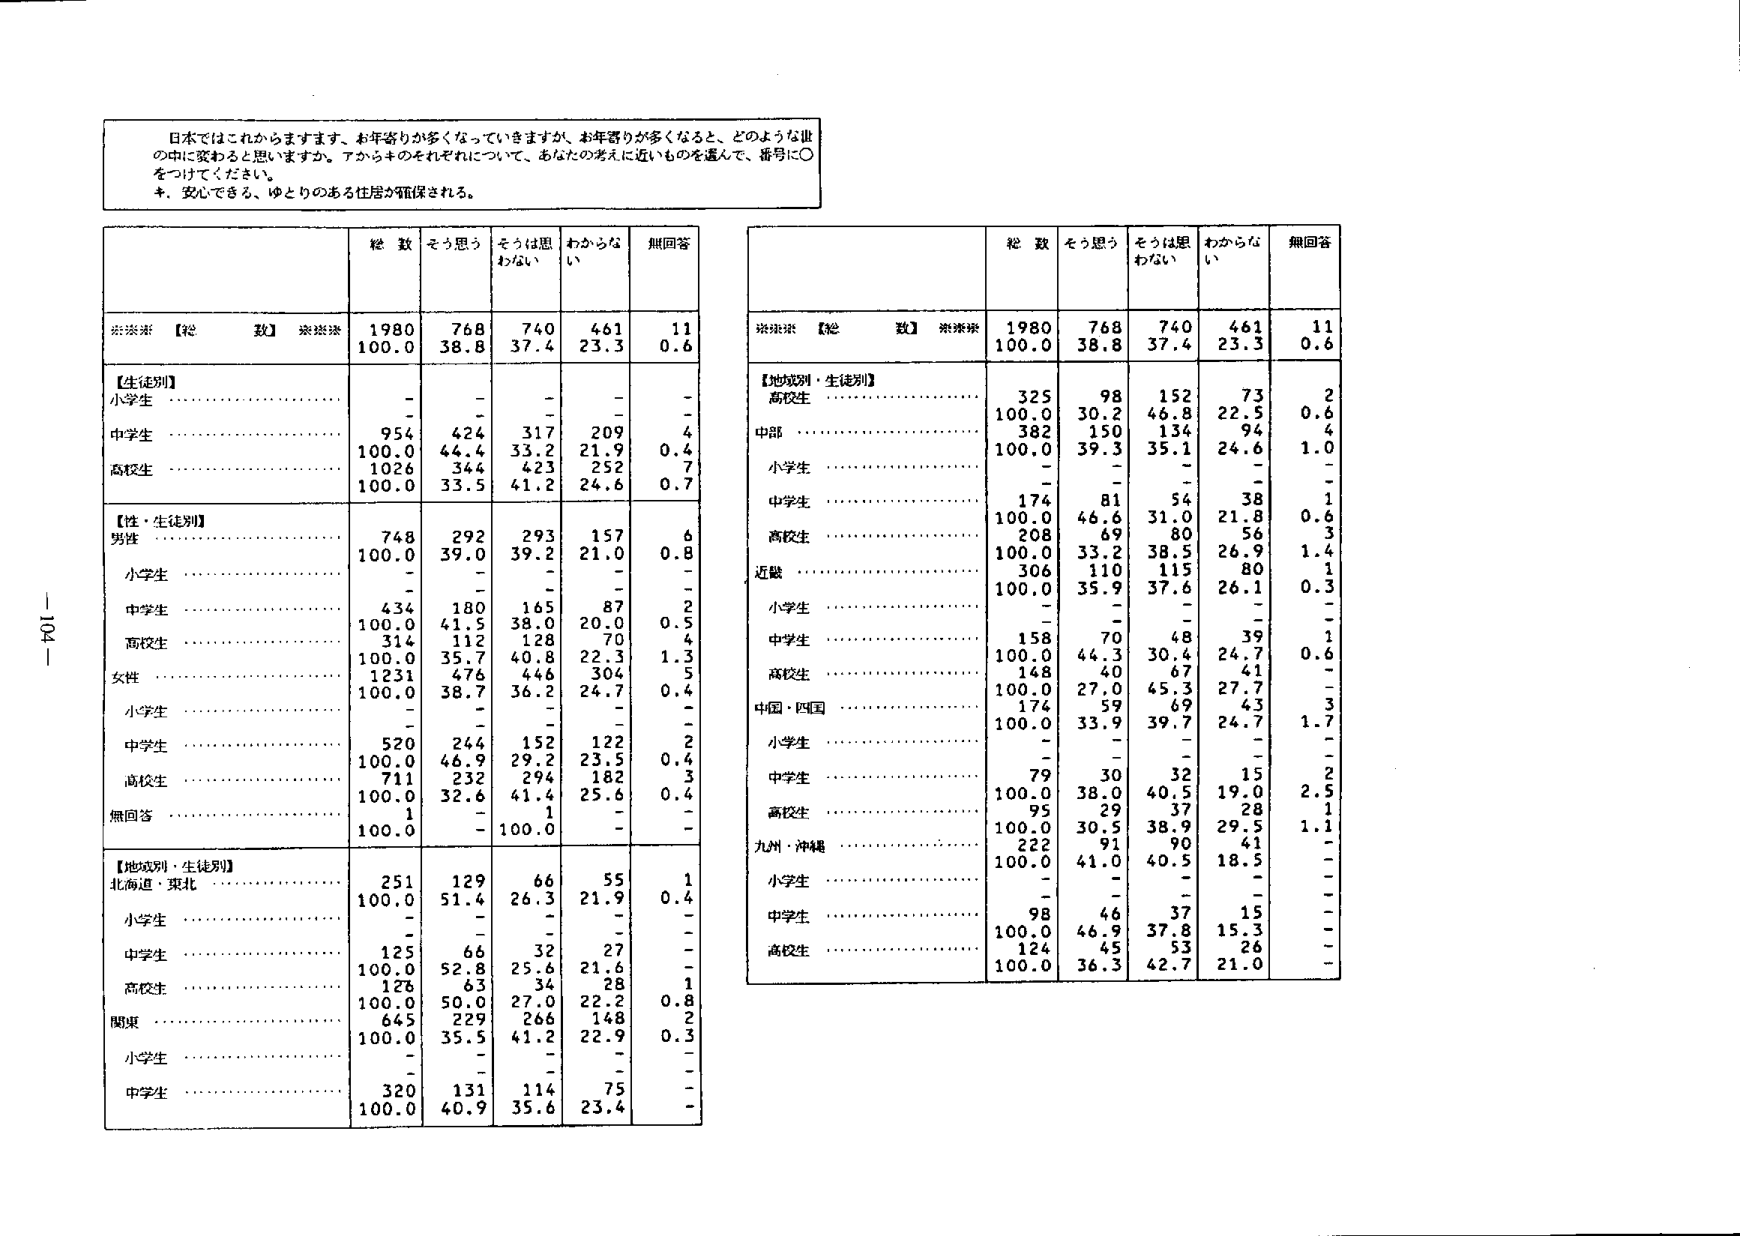
日本ではこれからますます、お年寄りが多くなっていきますが、お年寄りが多くなると、どのような世の中になるかと思いますか。アからキのそれぞれについて、あなたの考えに近いものを選んで、番号に○をつけてください。
キ．安心できる、ゆとりのある住居が確保される。

総数 そう思う そうは思わない わからない 無回答
※※※【総数】※※※ 1980 768 740 461 11
100.0 38.8 37.4 23.3 0.6

【生徒別】
小学生 ………………………… - - - - -
中学生 ………………………… 954 424 317 209 4
100.0 44.4 33.2 21.9 0.4
高校生 ………………………… 1026 344 423 252 7
100.0 33.5 41.2 24.6 0.7

【性・生徒別】
男性 ………………………… 748 292 293 157 6
100.0 39.0 39.2 21.0 0.8
小学生 ………………………… - - - - -
中学生 ………………………… 434 180 165 87 2
100.0 41.5 38.0 20.0 0.5
高校生 ………………………… 314 112 128 70 4
100.0 35.7 40.8 22.3 1.3
女性 ………………………… 1231 476 446 304 5
100.0 38.7 36.2 24.7 0.4
小学生 ………………………… - - - - -
中学生 ………………………… 520 244 152 122 2
100.0 46.9 29.2 23.5 0.4
高校生 ………………………… 711 232 294 182 3
100.0 32.6 41.4 25.6 0.4
無回答 ………………………… 1 - 1 - -
100.0 - 100.0 - -

【地域別・生徒別】
北海道・東北 …………………… 251 129 66 55 1
100.0 51.4 26.3 21.9 0.4
小学生 ………………………… - - - - -
中学生 ………………………… 125 66 32 27 -
100.0 52.8 25.6 21.6 -
高校生 ………………………… 126 63 34 28 1
100.0 50.0 27.0 22.2 0.8
関東 ………………………… 645 229 266 148 2
100.0 35.5 41.2 22.9 0.3
小学生 ………………………… - - - - -
中学生 ………………………… 320 131 114 75 -
100.0 40.9 35.6 23.4 -

総数 そう思う そうは思わない わからない 無回答
※※※【総数】※※※ 1980 768 740 461 11
100.0 38.8 37.4 23.3 0.6

【地域別・生徒別】
高校生 ………………………… 325 98 152 73 2
100.0 30.2 46.8 22.5 0.6
中部 ………………………… 382 150 134 94 4
100.0 39.3 35.1 24.6 1.0
小学生 ………………………… - - - - -
中学生 ………………………… 174 81 54 38 1
100.0 46.6 31.0 21.8 0.6
高校生 ………………………… 208 69 80 56 3
100.0 33.2 38.5 26.9 1.4
近畿 ………………………… 306 110 115 80 1
100.0 35.9 37.6 26.1 0.3
小学生 ………………………… - - - - -
中学生 ………………………… 158 70 48 39 1
100.0 44.3 30.4 24.7 0.6
高校生 ………………………… 148 40 67 41 -
100.0 27.0 45.3 27.7 -
中国・四国 ………………………… 174 59 69 43 3
100.0 33.9 39.7 24.7 1.7
小学生 ………………………… - - - - -
中学生 ………………………… 79 30 32 15 2
100.0 38.0 40.5 19.0 2.5
高校生 ………………………… 95 29 37 28 1
100.0 30.5 38.9 29.5 1.1
九州・沖縄 ………………………… 222 91 90 41 -
100.0 41.0 40.5 18.5 -
小学生 ………………………… - - - - -
中学生 ………………………… 98 46 37 15 -
100.0 46.9 37.8 15.3 -
高校生 ………………………… 124 45 53 26 -
100.0 36.3 42.7 21.0 -

- 104 -